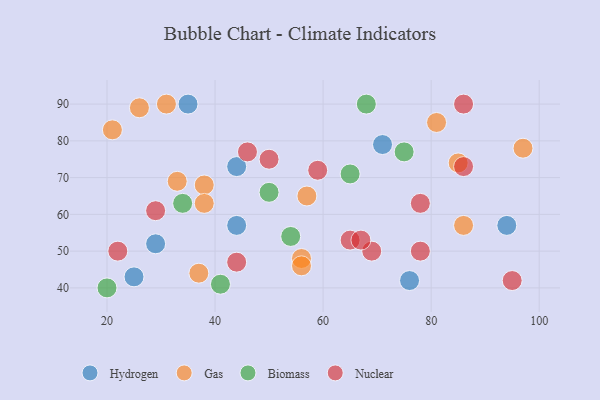
{"axis": {"x": "GDP", "y": "Life Expectancy"}, "legend": ["Biomass", "Gas", "Hydrogen", "Nuclear"], "data": [{"x": "25", "y": 43, "type": "Hydrogen"}, {"x": "35", "y": 90, "type": "Hydrogen"}, {"x": "71", "y": 79, "type": "Hydrogen"}, {"x": "94", "y": 57, "type": "Hydrogen"}, {"x": "44", "y": 57, "type": "Hydrogen"}, {"x": "76", "y": 42, "type": "Hydrogen"}, {"x": "29", "y": 52, "type": "Hydrogen"}, {"x": "44", "y": 73, "type": "Hydrogen"}, {"x": "57", "y": 65, "type": "Gas"}, {"x": "26", "y": 89, "type": "Gas"}, {"x": "31", "y": 90, "type": "Gas"}, {"x": "21", "y": 83, "type": "Gas"}, {"x": "33", "y": 69, "type": "Gas"}, {"x": "86", "y": 57, "type": "Gas"}, {"x": "97", "y": 78, "type": "Gas"}, {"x": "38", "y": 68, "type": "Gas"}, {"x": "56", "y": 48, "type": "Gas"}, {"x": "85", "y": 74, "type": "Gas"}, {"x": "38", "y": 63, "type": "Gas"}, {"x": "81", "y": 85, "type": "Gas"}, {"x": "56", "y": 46, "type": "Gas"}, {"x": "37", "y": 44, "type": "Gas"}, {"x": "41", "y": 41, "type": "Biomass"}, {"x": "75", "y": 77, "type": "Biomass"}, {"x": "20", "y": 40, "type": "Biomass"}, {"x": "65", "y": 71, "type": "Biomass"}, {"x": "68", "y": 90, "type": "Biomass"}, {"x": "34", "y": 63, "type": "Biomass"}, {"x": "54", "y": 54, "type": "Biomass"}, {"x": "50", "y": 66, "type": "Biomass"}, {"x": "44", "y": 47, "type": "Nuclear"}, {"x": "22", "y": 50, "type": "Nuclear"}, {"x": "86", "y": 73, "type": "Nuclear"}, {"x": "65", "y": 53, "type": "Nuclear"}, {"x": "29", "y": 61, "type": "Nuclear"}, {"x": "78", "y": 63, "type": "Nuclear"}, {"x": "69", "y": 50, "type": "Nuclear"}, {"x": "67", "y": 53, "type": "Nuclear"}, {"x": "50", "y": 75, "type": "Nuclear"}, {"x": "78", "y": 50, "type": "Nuclear"}, {"x": "86", "y": 90, "type": "Nuclear"}, {"x": "59", "y": 72, "type": "Nuclear"}, {"x": "46", "y": 77, "type": "Nuclear"}, {"x": "95", "y": 42, "type": "Nuclear"}]}